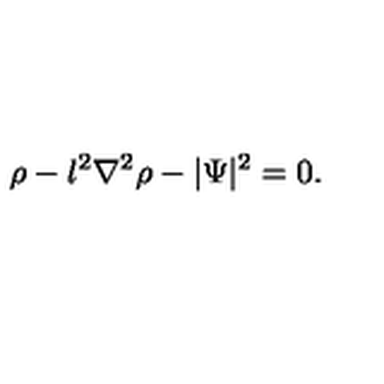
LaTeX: \rho - l ^ { 2 } \nabla ^ { 2 } \rho - | \Psi | ^ { 2 } = 0 .